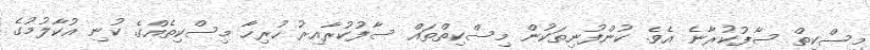
މިސްކިތް ސާފުކުރާނެ އެވެ. ކުންފުނިތަކުން މިސްކިތްތައް ސާފުކުރާއިރު ހުރިހާ މިސްކިތެއްގެ ކުނި އުކާލުމުގެ